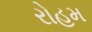
રોહમ